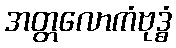
အတ္တလောကံဗုဒ္ဓံ